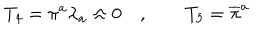
LaTeX: T _ { 4 } = \pi ^ { a } \lambda _ { a } \approx 0 \quad , \qquad T _ { 5 } = \overline { { { \pi } } } ^ { a }